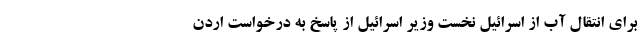
برای انتقال آب از اسرائیل نخست وزیر اسرائیل از پاسخ به درخواست اردن